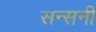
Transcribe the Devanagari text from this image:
सन्सनी